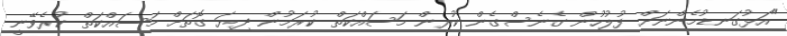
"އަޅުގަނޑުމެންނަށް ފުލުހުން ގެނެސްގެން ކުރިން މަސައްކަތް ކުރަމުން ދިޔަ ގޮތަށް މަސައްކަތް ކުރެވޭނީ